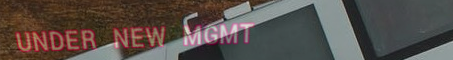
UNDER NEW MGMT